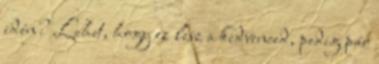
idén? Lehet, hogy ez lesz a kedvenced, pedig pár